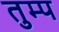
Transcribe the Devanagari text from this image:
तुम्प